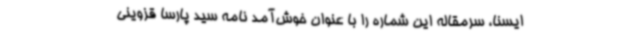
ایسنا، سرمقاله این شماره را با عنوان خوش‌آمد نامه سید پارسا قزوینی